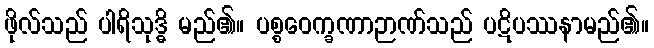
ဖိုလ်သည် ပါရိသုဒ္ဓိ မည်၏။ ပစ္စဝေက္ခဏာဉာဏ်သည် ပဋိပဿနာမည်၏။